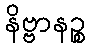
နိဗ္ဗာနဉ္စ